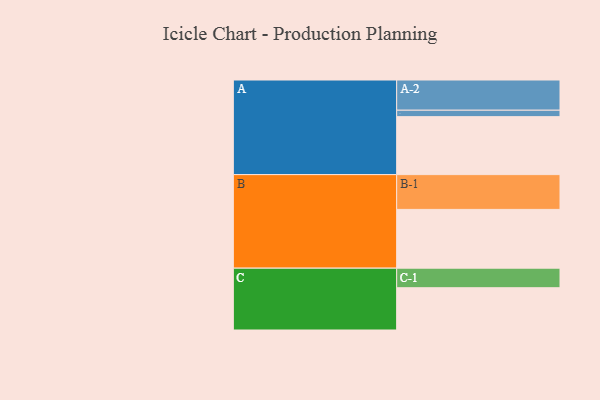
{"axis": {"x": "Segment", "y": "Value"}, "legend": ["", "A", "B", "C"], "data": [{"x": "A", "y": 495, "type": ""}, {"x": "B", "y": 502, "type": ""}, {"x": "C", "y": 361, "type": ""}, {"x": "A-1", "y": 55, "type": "A"}, {"x": "A-2", "y": 258, "type": "A"}, {"x": "B-1", "y": 297, "type": "B"}, {"x": "C-1", "y": 167, "type": "C"}]}